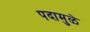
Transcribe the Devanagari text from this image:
पदामुळे